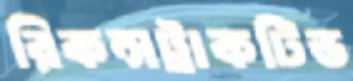
রিকন্সট্রাকটিভ